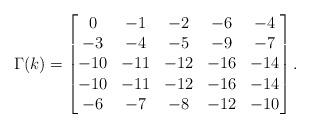
LaTeX: \begin{align*}\Gamma(k) =\begin{bmatrix}0 & -1 & -2 & -6 & -4 \\ -3 & -4 & -5 & -9 & -7 \\ -10 & -11 & -12 & -16 & -14 \\ -10 & -11 & -12 & -16 & -14 \\ -6 & -7 & -8 & -12 & -10\end{bmatrix}.\end{align*}